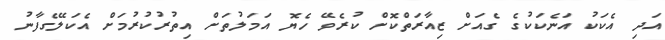
އަދި އެކަކު އަނެކަކުގެ ގެއަށް ޒިއާރަތްކޮށް ކުރެވޭ ހެޔޮ އަމަލުތަށް އިތުރުކުރުމަށް އެކަލޭގެފާނު